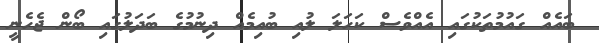
ބައެއް ގައުމުތަކުގައި އެއްވެސް ކަހަލަ ލުއި ބުއިމެއް ދިނުމުގެ ބަދަލުގައި ބޯން ޖެހެނީ